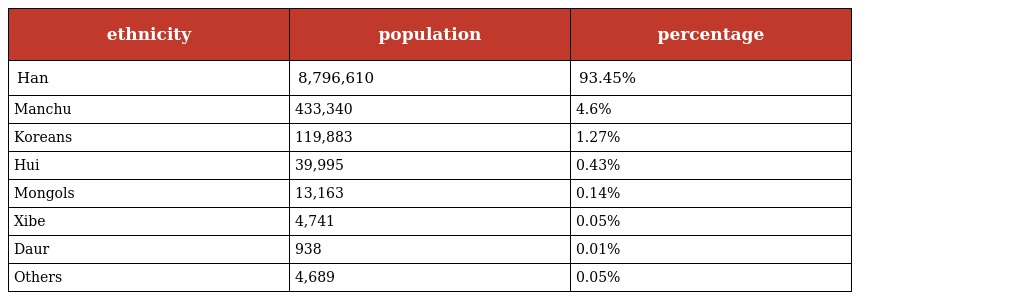
| ethnicity | population | percentage |
 | --- | --- | --- |
 | Han | 8,796,610 | 93.45% |
 | Manchu | 433,340 | 4.6% |
 | Koreans | 119,883 | 1.27% |
 | Hui | 39,995 | 0.43% |
 | Mongols | 13,163 | 0.14% |
 | Xibe | 4,741 | 0.05% |
 | Daur | 938 | 0.01% |
 | Others | 4,689 | 0.05% |